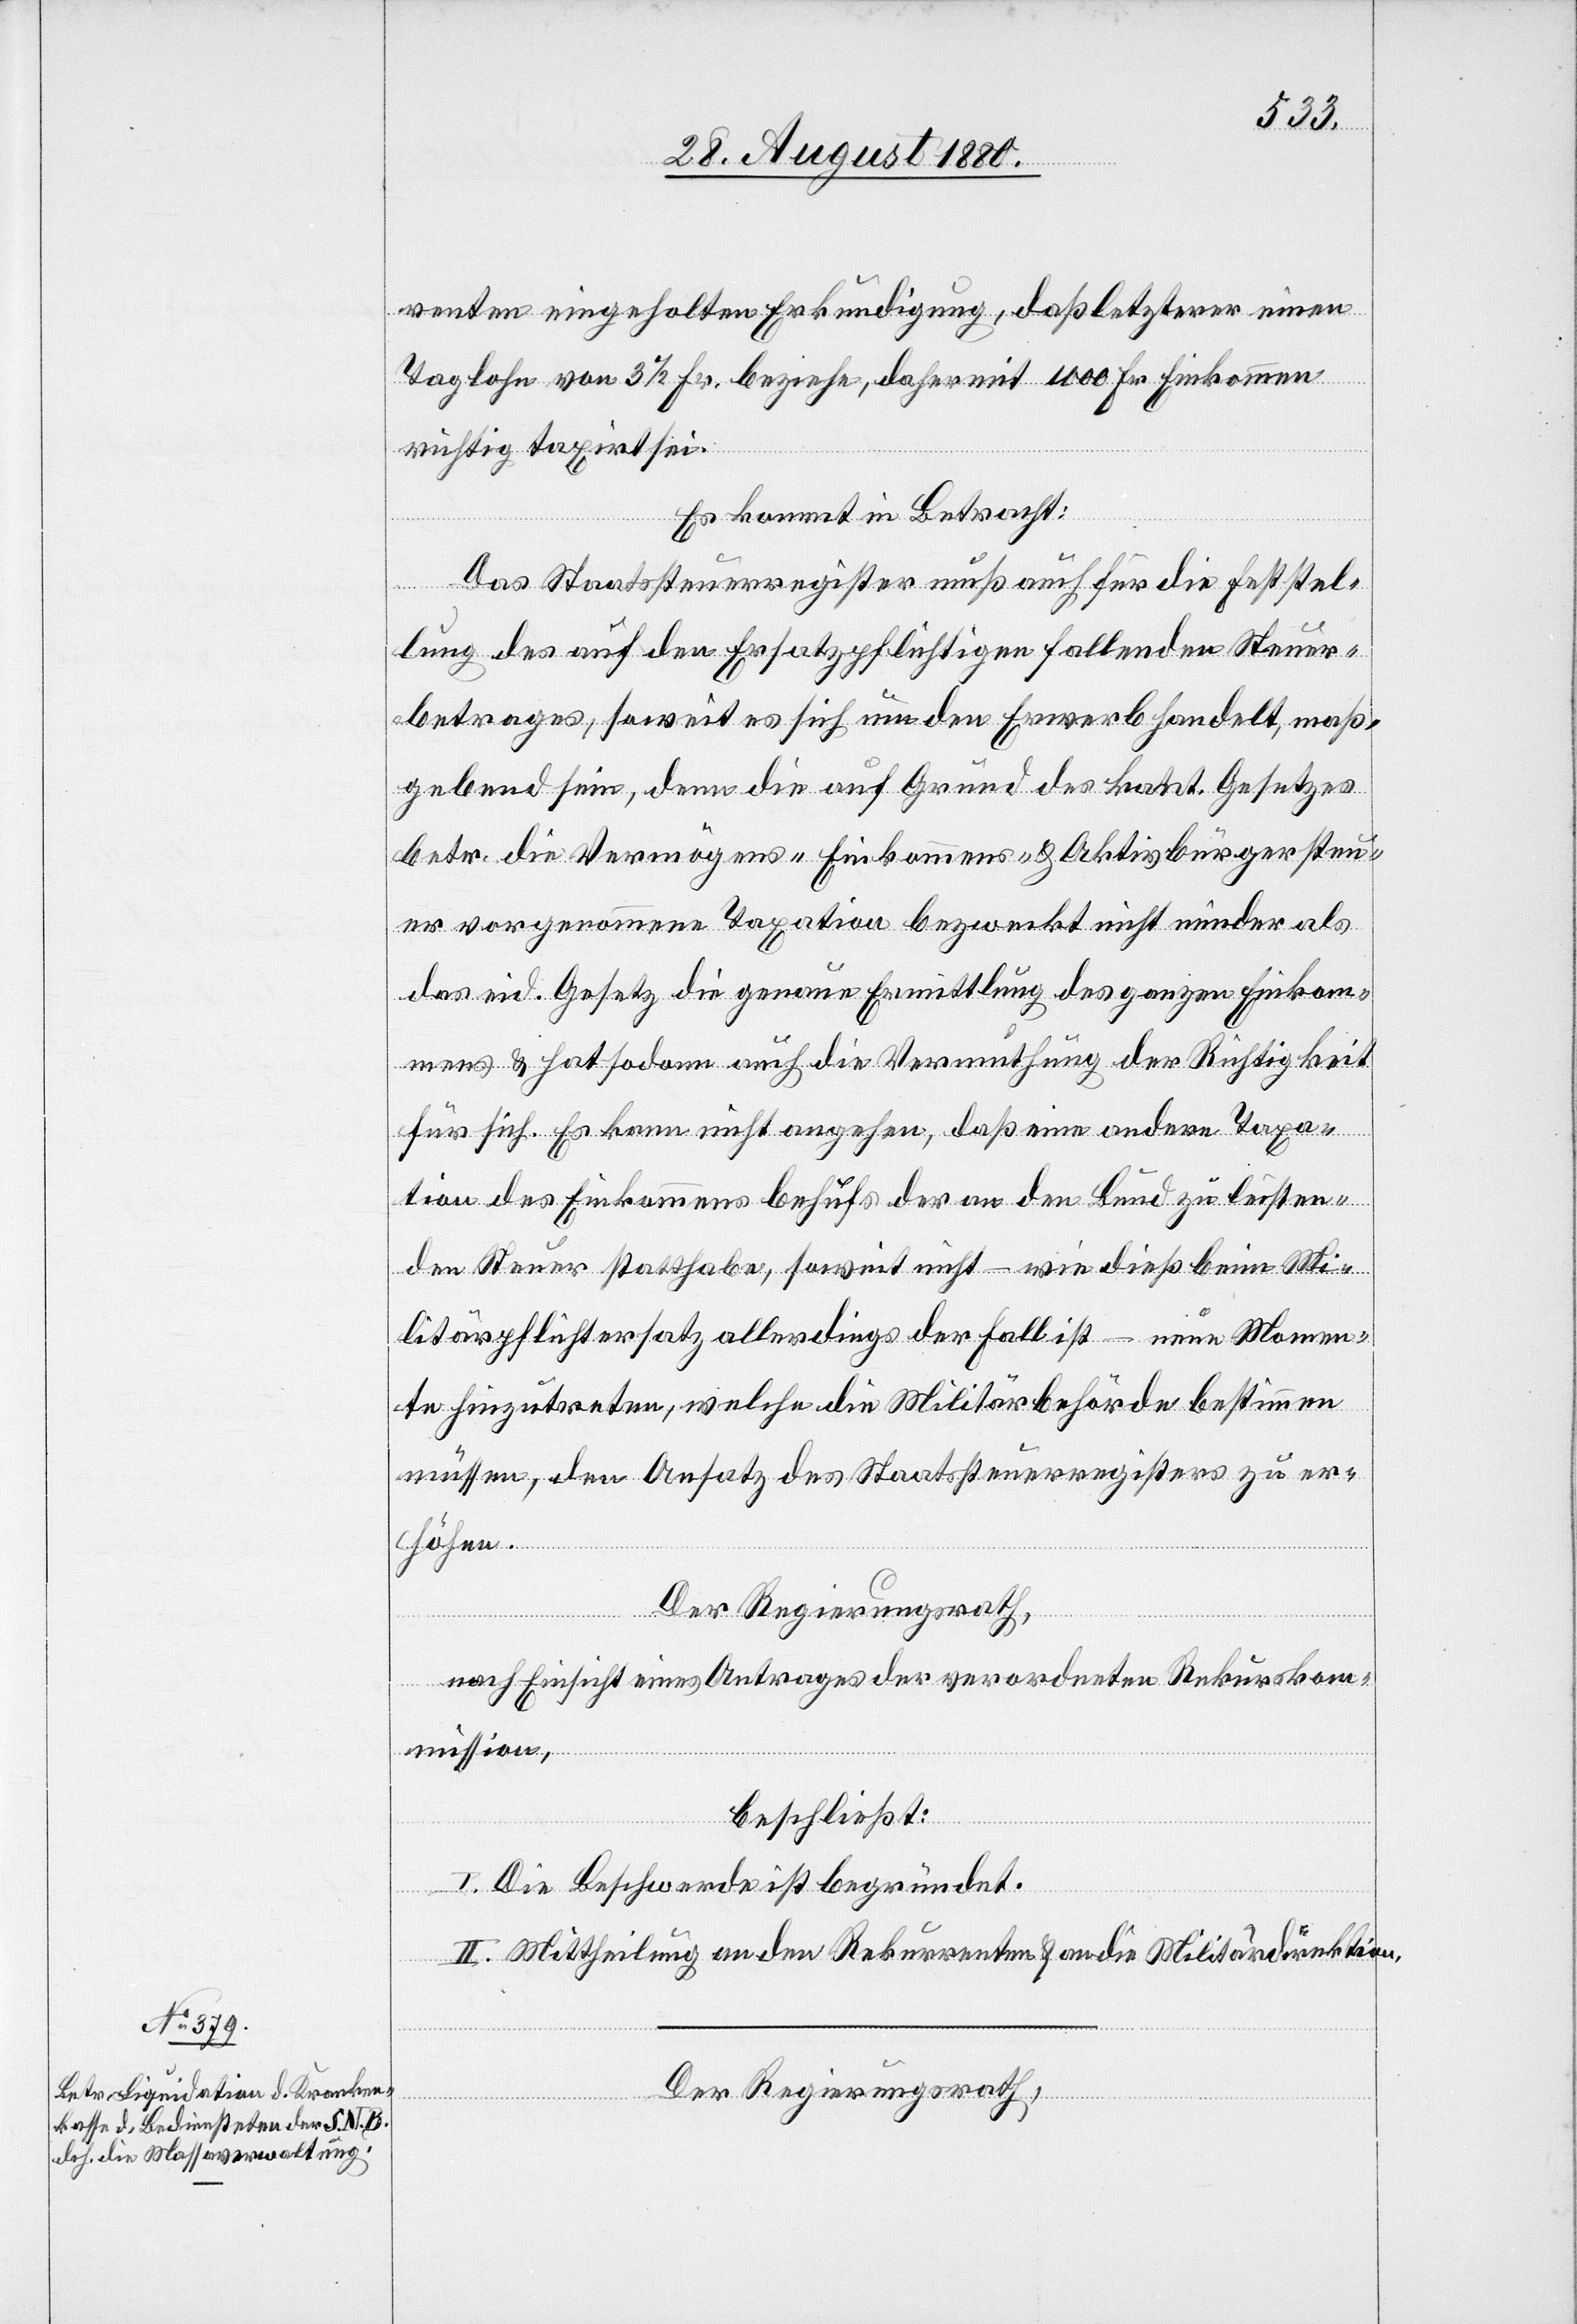
renten eingeholten Erkundigung, daß letzterer einen
Taglohn von 3 1/2 Fr. beziehe, daher mit 1000 Fr. Einkommen
richtig taxirt sei.
Es kommt in Betracht:
Das Staatssteuerregister muß auch für die Feststel¬
lung des auf den Ersatzpflichtigen fallenden Steuer¬
betrages, soweit es sich um den Erwerb handelt, maß¬
gebend sein, denn die auf Grund des kant. Gesetzes
betr. die Vermögens-[,] Einkommens- & Aktivbürgersteu¬
er vorgenommene Taxation bezweckt nicht minder als
das eid. Gesetz die genaue Ermittlung des ganzen Einkom¬
mens & hat sodann auch die Vermuthung der Richtigkeit
für sich. Es kann nicht angehen, daß eine andere Taxa¬
tion des Einkommens behufs der an den Bund zu leisten¬
den Steuer statthabe, soweit nicht – wie dieß beim Mi¬
litärpflichtersatz allerdings der Fall ist – neue Momen¬
te hinzutreten, welche die Militärbehörde bestimmen
müssen, den Ansatz des Staatsteuerregisters zu er¬
höhen.
Der Regierungsrath,
nach Einsicht eines Antrages der verordneten Rekurskom¬
mission,
beschließt:
I. Die Beschwerde ist begründet.
II. Mittheilung an den Rekurrenten & an die Militärdirektion.
Der Regierungsrath,